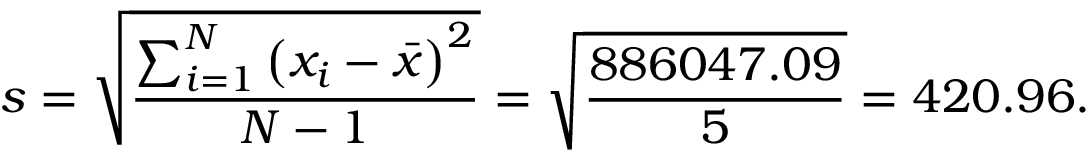
s = { \sqrt { \frac { \sum _ { i = 1 } ^ { N } \left( x _ { i } - { \bar { x } } \right) ^ { 2 } } { N - 1 } } } = { \sqrt { \frac { 8 8 6 0 4 7 . 0 9 } { 5 } } } = 4 2 0 . 9 6 .